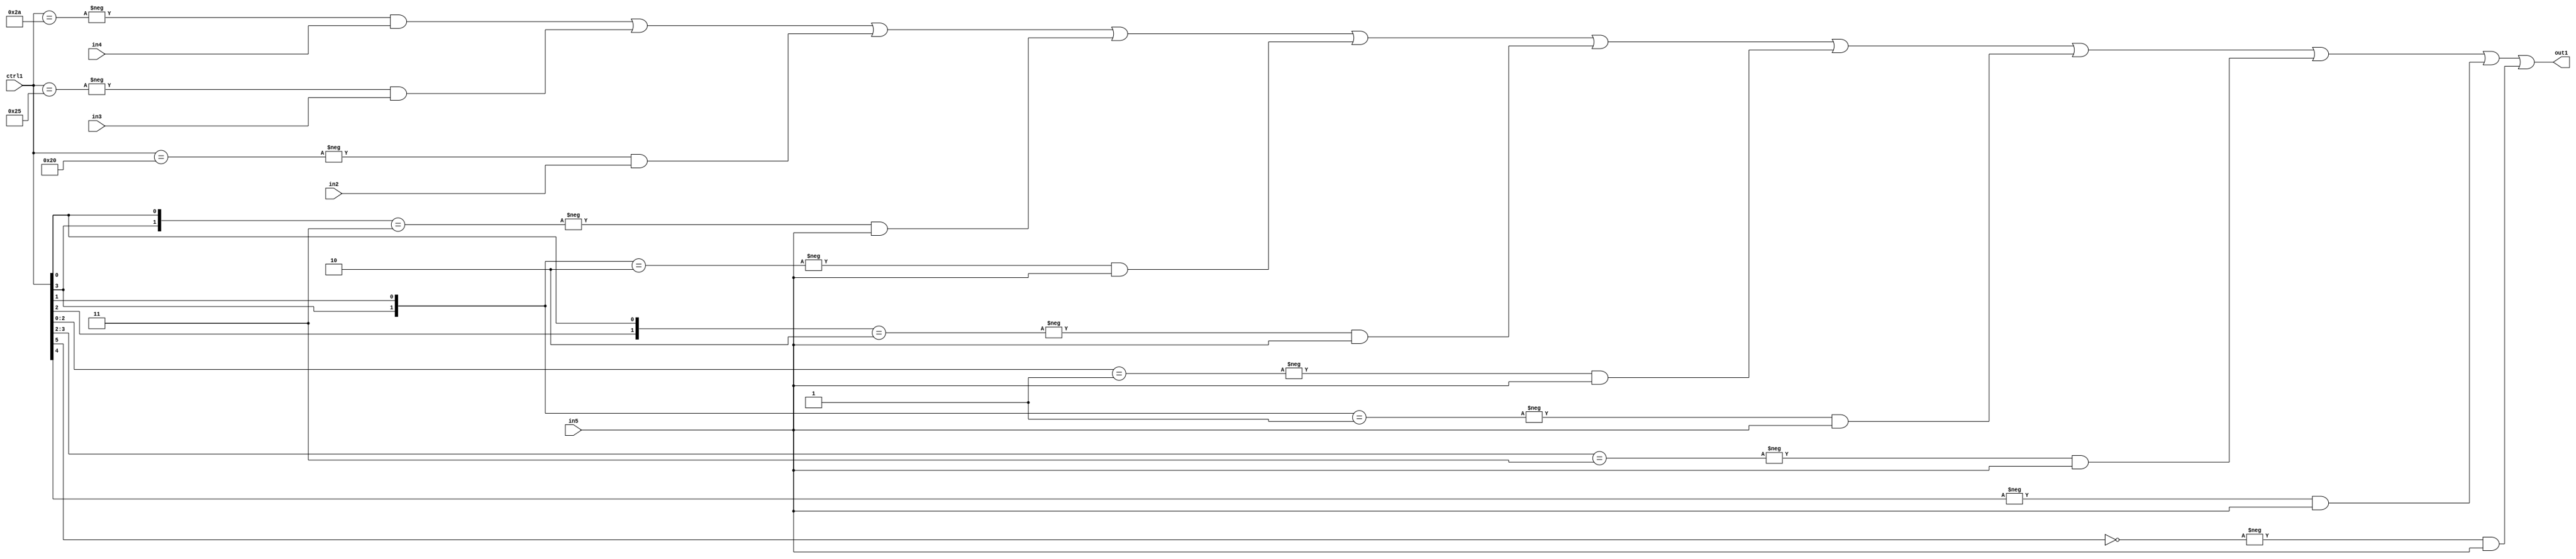
`timescale 1ps / 1ps
/*****************************************************************************
    Verilog RTL Description
    
    
    Created by: Stratus DpOpt 21.05.01 
*******************************************************************************/

module SobelFilter_N_Mux_32_4_57_4 (
	in5,
	in4,
	in3,
	in2,
	ctrl1,
	out1
	); /* architecture "behavioural" */ 
input [31:0] in5;
input [8:0] in4,
	in3,
	in2;
input [5:0] ctrl1;
output [31:0] out1;
wire [31:0] asc001;

assign asc001 = 
	-{ctrl1 == 6'B101010} & in4 |
	-{ctrl1 == 6'B100101} & in3 |
	-{ctrl1 == 6'B100000} & in2 |
	-{{ctrl1[3], ctrl1[0]} == 2'B11} & in5 |
	-{{ctrl1[3], ctrl1[1]} == 2'B10} & in5 |
	-{{ctrl1[2], ctrl1[0]} == 2'B10} & in5 |
	-{ctrl1[2:0] == 3'B001} & in5 |
	-{{ctrl1[3], ctrl1[1]} == 2'B01} & in5 |
	-{ctrl1[3:2] == 2'B11} & in5 |
	-{ctrl1[4] == 1'B1} & in5 |
	-{ctrl1[5] == 1'B0} & in5 ;

assign out1 = asc001;
endmodule

/* CADENCE  vrn2Sws= : u9/ySxbfrwZIxEzHVQQV8Q== ** DO NOT EDIT THIS LINE ******/